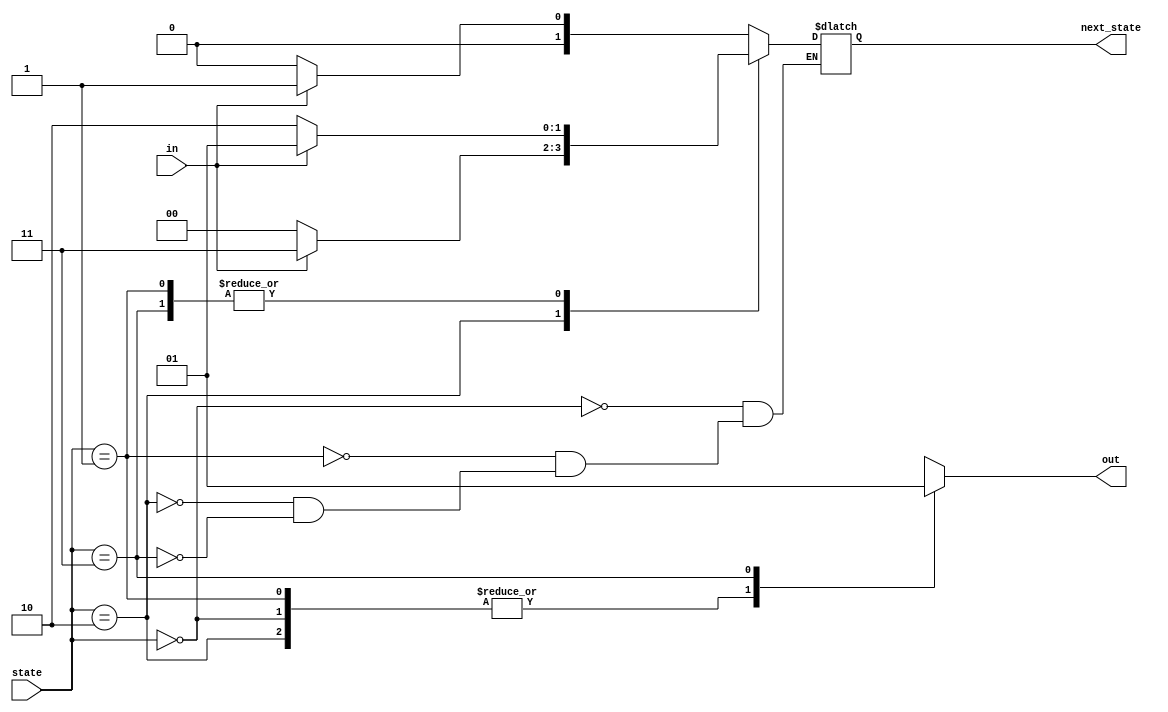
module top_module(
    input in,
    input [1:0] state,
    output [1:0] next_state,
    output out); //

    parameter A=2'b00, B=2'b01, C=2'b10, D=2'b11;

    //always @(posedge clk) begin
    //        state <= next_state;
    //end   
    
    always @(*) begin
        case(state)
			A: begin
                if (~in) next_state <= A;
                if (in) next_state <= B;
            end
			B: begin
                if (~in) next_state <= C;
                if (in) next_state <= B;
            end
            C: begin
                if (~in) next_state <= A;
                if (in) next_state <= D;
            end
            D: begin
                if (~in) next_state <= C;
                if (in) next_state <= B;
            end
        endcase
    end

    //assign out = (state == D);
    always @(*) begin
            case(state)
                A: out <= 0;
                B: out <= 0;
                C: out <= 0;
                D: out <= 1;
            endcase
    end

endmodule